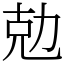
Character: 勊